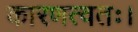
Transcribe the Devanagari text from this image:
कारणत्वतः।